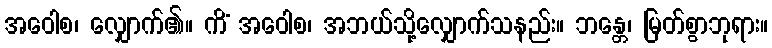
အဝေါစ၊ လျှောက်၏။ ကိံ အဝေါစ၊ အဘယ်သို့လျှောက်သနည်း။ ဘန္တေ၊ မြတ်စွာဘုရား။